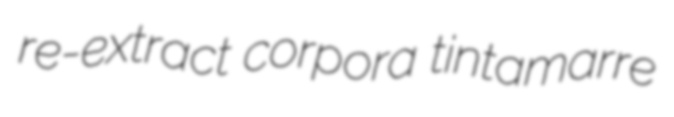
re-extract corpora tintamarre